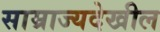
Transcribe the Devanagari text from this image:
साम्राज्यदेखील